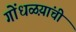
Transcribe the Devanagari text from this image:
गोंधळय़ांची